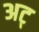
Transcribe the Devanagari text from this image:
अट्